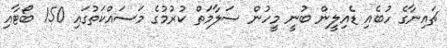
ޗައިނާގެ ހުބެއި ޑެއިލީން ބުނީ މީހުން ސަލާމަތް ކުރުމުގެ މަސައްކަތުގައި 150 ބޯޓާއި